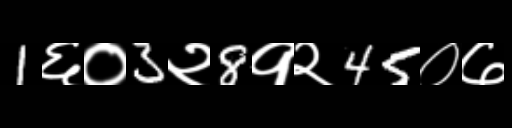
Text: 1६०3२8१२45०७